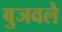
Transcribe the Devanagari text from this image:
बुजवले